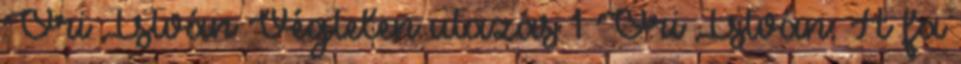
Őri István Végtelen utazás 1 Őri István: A fa